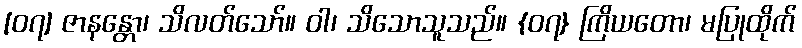
[၀၇] ဇာနန္တော၊ သိလတ်သော်။ ဝါ၊ သိသောသူသည်။ {၀၇} ကြိယတော၊ မပြုထိုက်